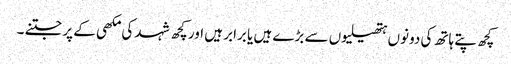
کچھ پتے ہاتھ کی دونوں ہتھیلیوں سے بڑے ہیں یا برابر ہیں اور کچھ شہد کی مکھی کے پر جتنے ۔